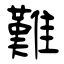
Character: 難